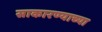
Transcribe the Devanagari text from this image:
साकारण्याच्या